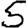
Digit: 5